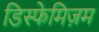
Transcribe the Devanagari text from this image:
डिस्फेमिज़म